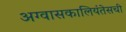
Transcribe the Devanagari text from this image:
अग्वासकालियंतेसची